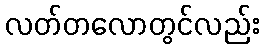
လတ်တလောတွင်လည်း